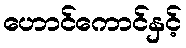
ဟောင်ကောင်နှင့်